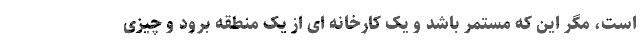
است، مگر این که مستمر باشد و یک کارخانه ای از یک منطقه برود و چیزی